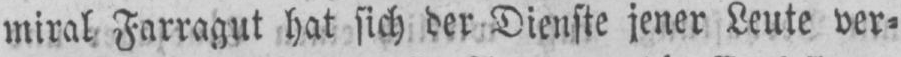
miral Farragut hat sich der Dienste jener Leute ver⸗